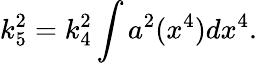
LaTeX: k_{5}^{2}=k_{4}^{2}\int a^{2}(x^{4})dx^{4}.